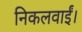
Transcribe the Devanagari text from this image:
निकलवाईं।